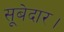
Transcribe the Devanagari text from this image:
सूबेदार।